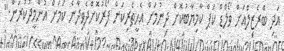
އަދި ބްރެޒިލްއަށް ވޯލްޑް ކަޕް ކާމިޔާބުކޮށް ދިނުމަށް އެހީތެރިކަން ފޯރުކޮށްދެވިދާނެ ކަމަށް އުންމީދުކުރަން."